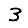
Digit: 3